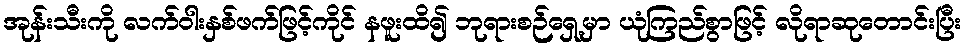
အုန်းသီးကို လက်ဝါးနှစ်ဖက်ဖြင့်ကိုင် နဖူးထိ၍ ဘုရားစဉ်ရှေ့မှာ ယုံကြည်စွာဖြင့် လိုရာဆုတောင်းပြီး